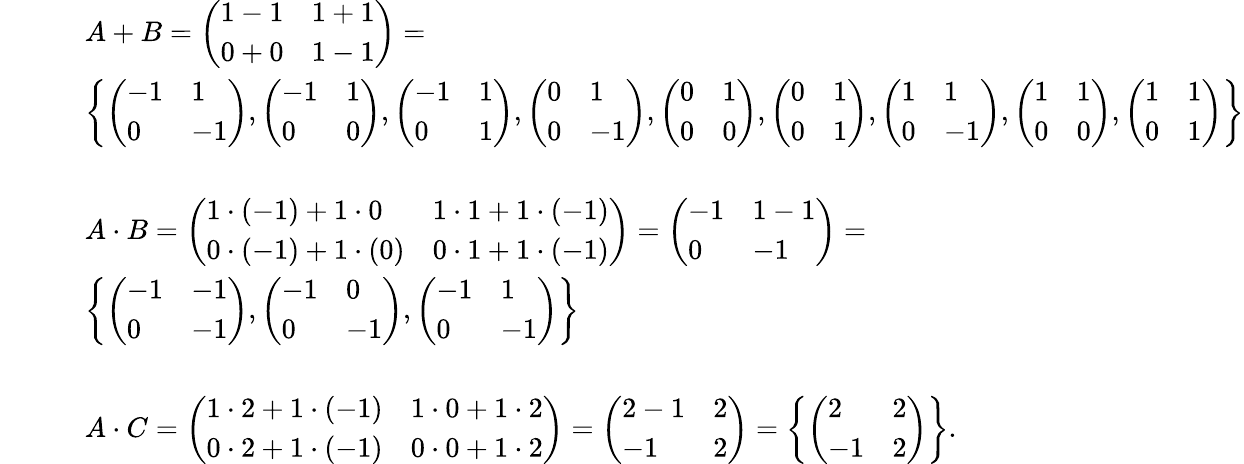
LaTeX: \begin{array}{rl}&{A+B=\left(\begin{array}{ll}{1-1}&{1+1}\\ {0+0}&{1-1}\end{array}\right)=}\\ &{\left\lbrace\left(\begin{array}{ll}{-1}&{1}\\ {0}&{-1}\end{array}\right),\left(\begin{array}{ll}{-1}&{1}\\ {0}&{0}\end{array}\right),\left(\begin{array}{ll}{-1}&{1}\\ {0}&{1}\end{array}\right),\left(\begin{array}{ll}{0}&{1}\\ {0}&{-1}\end{array}\right),\left(\begin{array}{ll}{0}&{1}\\ {0}&{0}\end{array}\right),\left(\begin{array}{ll}{0}&{1}\\ {0}&{1}\end{array}\right),\left(\begin{array}{ll}{1}&{1}\\ {0}&{-1}\end{array}\right),\left(\begin{array}{ll}{1}&{1}\\ {0}&{0}\end{array}\right),\left(\begin{array}{ll}{1}&{1}\\ {0}&{1}\end{array}\right)\right\rbrace}\\ {\qquad}\\ &{A\cdot B=\left(\begin{array}{ll}{1\cdot(-1)+1\cdot 0}&{1\cdot 1+1\cdot(-1)}\\ {0\cdot(-1)+1\cdot(0)}&{0\cdot 1+1\cdot(-1)}\end{array}\right)=\left(\begin{array}{ll}{-1}&{1-1}\\ {0}&{-1}\end{array}\right)=}\\ &{\left\lbrace\left(\begin{array}{ll}{-1}&{-1}\\ {0}&{-1}\end{array}\right),\left(\begin{array}{ll}{-1}&{0}\\ {0}&{-1}\end{array}\right),\left(\begin{array}{ll}{-1}&{1}\\ {0}&{-1}\end{array}\right)\right\rbrace}\\ {\qquad}\\ &{A\cdot C=\left(\begin{array}{ll}{1\cdot 2+1\cdot(-1)}&{1\cdot 0+1\cdot 2}\\ {0\cdot 2+1\cdot(-1)}&{0\cdot 0+1\cdot 2}\end{array}\right)=\left(\begin{array}{ll}{2-1}&{2}\\ {-1}&{2}\end{array}\right)=\left\lbrace\left(\begin{array}{ll}{2}&{2}\\ {-1}&{2}\end{array}\right)\right\rbrace.}\end{array}